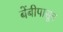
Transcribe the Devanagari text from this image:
बेंबीपासून